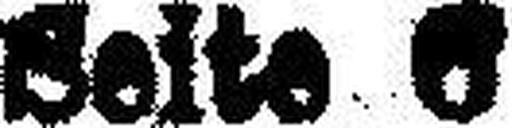
Seite 6